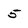
Character: 5